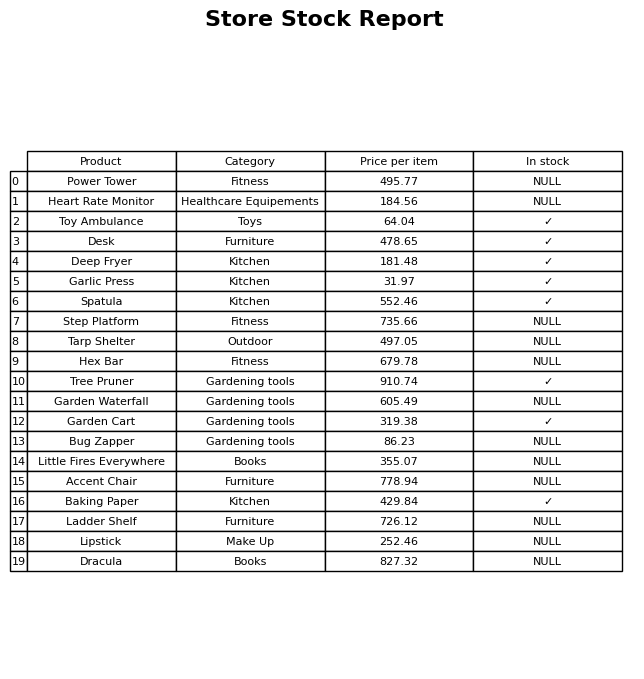
question: What is the price for Garlic Press?
answer: The price of Garlic Press is 31.97.